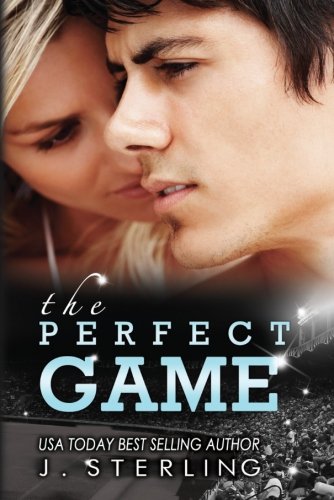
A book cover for The Perfect Game: A Novel (The Game Series); J. Sterling; Romance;